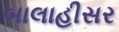
બાલાહીસર